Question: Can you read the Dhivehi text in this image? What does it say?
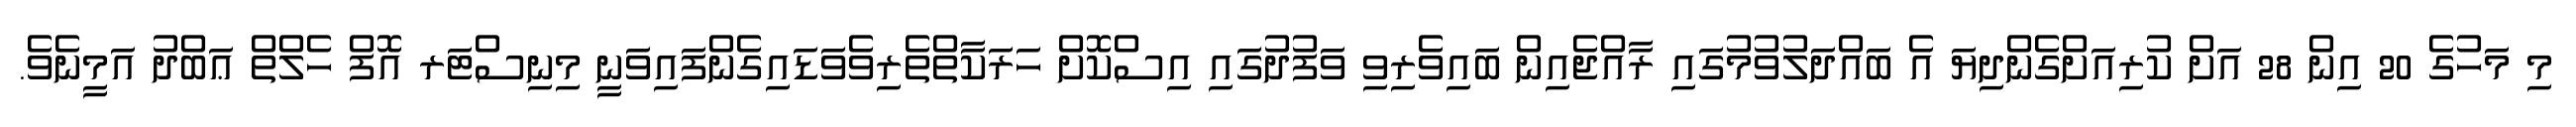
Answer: މި މަހުގެ 20 އިން 28 އަށް ކުރިއަށްގެންދިޔަ އެ ބައްދަލުވުމުގައި ރާއްޖެއިން ބައިވެރިވި ވަފުދުގައި އިސްކޮށް ހަރަކާތްތެރިވެވަޑައިގެންފައިވަނީ މިނިސްޓަރ އޮފް ހެލްތް ޢަބްދު އަމީނެވެ.